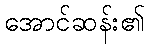
အောင်ဆန်း၏